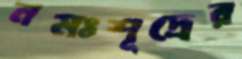
নমঃশূদ্রের